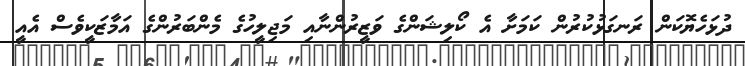
ދުޅަހެޔޮކަން ރަނގަޅުކުރުން ކަމަށާ އެ ކޯލިޝަންގެ ވަޒީރުންނާއި މަޖިލީހުގެ މެންބަރުންގެ އަމާޒަކީވެސް އެއީ